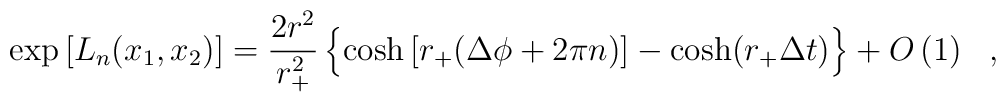
\exp\left[L_n(x_1,x_2)\right]= \frac{2 r^2}{r_+^2} \left\{\cosh \left[r_+(\Delta \phi + 2\pi n ) \right] - \cosh(r_+\Delta t)\vphantom{A^A_A}\right\}+ O\left( 1 \right) \ \ ,